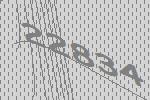
22834